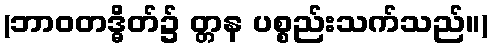
(ဘာဝတဒ္ဓိတ်၌ တ္တန ပစ္စည်းသက်သည်။)